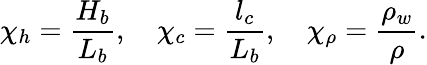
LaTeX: \chi_{h}=\frac{H_{b}}{L_{b}},\quad\chi_{c}=\frac{l_{c}}{L_{b}},\quad\chi_{\rho}=\frac{\rho_{w}}{\rho}.